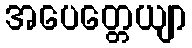
အပေတ္တေယျာ